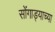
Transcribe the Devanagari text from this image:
सोंगाड्याच्या